Report of the Indian Hemp Drugs Commission, 1894-1895 - Volume VII
Year: 1894
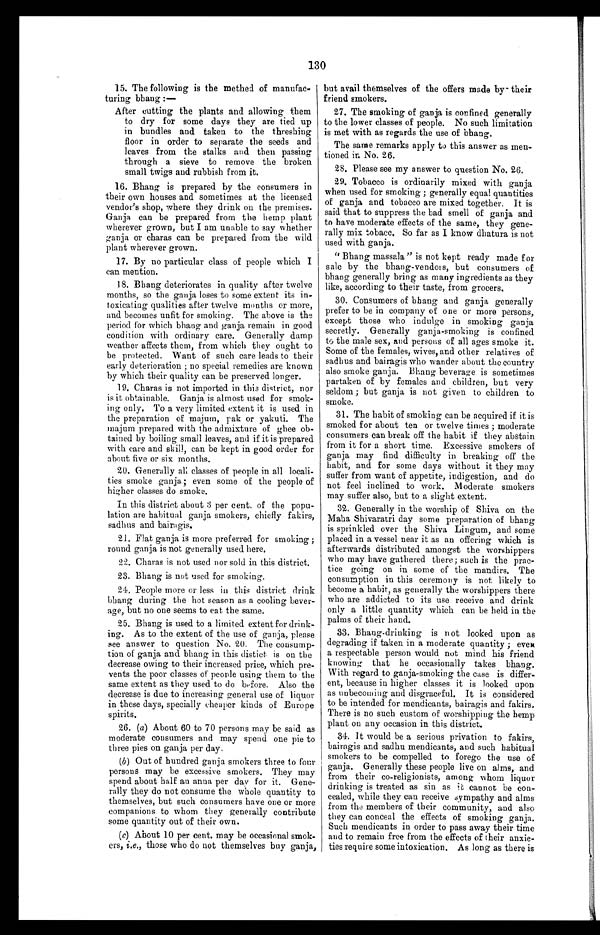
130
15. The following is the methed of manufac--
turing bhang :
—
After cutting the plants and allowing them
to dry for some days they are tied up
in bundles and taken to the threshing
floor in order to separate the seeds and
leaves from the stalks and then passing
through a sieve to remove the broken
small twigs and rubbish from it.
16. Bhang is prepared by the consumers in
their own houses and sometimes at the licensed
vendor's shop, where they drink on the premises.
Ganja can be prepared from the hemp plant
wherever grown, but I am unable to say whether
ganja or charas can be prepared from the wild
plant wherever grown.
17. By no particular class of people which I
can mention.
18. Bhang deteriorates in quality after twelve
months, so the ganja loses to some extent its in-
toxicating qualities after twelve months or more,
and becomes unfit for smoking. The above is the
period for which bhang and ganja remain in good
condition with ordinary care. Generally damp
weather affects them, from which they ought to
be protected. Want of such care leads to their
early deterioration ; no special remedies are known
by which their quality can be preserved longer.
19. Charas is not imported in this district, nor
is it obtainable. Ganja is almost used for smok-
ing only. To a very limited extent it is used in
the preparation of majum, pak or yakuti. The
majum prepared with the admixture of ghee ob--
tained by boiling small leaves, and if it is prepared
with care and skill, can be kept in good order for
about five or six months.
20. Generally all classes of people in all locali--
ties smoke ganja; even some of the people of
higher classes do smoke.
In this district about 3 per cent. of the popu--
lation are habitual ganja smokers, chiefly fakirs,
sadhus and bairagis.
21. Flat ganja is more preferred for smoking ;
round ganja is not generally used here.
22. Charas is not used nor sold in this district.
23. Bhang is not used for smoking.
24. People more or less in this district drink
bhang during the hot season as a cooling bever--
a g e , b u t n o o n e s e e m s t o e a t t h e s a m e .
25. Bhang is used to a limited extent for drink--
ing. As to the extent of the use of ganja, please
see answer to question No. 20. The consump--
tion of ganja and bhang in this distict is on the
decrease owing to their increased price, which pre--
vents the poor classes of people using them to the
same extent as they used to do before. Also the
decrease is due to increasing general use of liquor
in these days, specially cheaper kinds of Europe
spirits.
26. (a) About 60 to 70 persons may be said as
moderate consumers and may spend one pie to
three pies on ganja per day.
(b) Out of hundred ganja smokers three to four
persons may be excessive smokers. They may
spend about half an anna per day for it. Gene--
rally they do not consume the whole quantity to
themselves, but such consumers have one or more
companions to whom they generally contribute
some quantity out of their own.
(c) About 10 per cent. may be occasional smok--
ers, i.e., those who do not themselves buy ganja,
but avail themselves of the offers made by their
friend smokers.
27. The smoking of ganja is confined generally
to the lower classes of people. No such limitation
is met with as regards the use of bhang.
The same remarks apply to this answer as men-
- t i o n e d i n N o . 2 6 .
28. Please see my answer to question No. 26.
29. Tobacco is ordinarily mixed with ganja
when used for smoking ; generally equal quantities
of ganja and tobacco are mixed together. It is
said that to suppress the bad smell of ganja and
to have moderate effects of the same, they gene--
rally mix tobacc. So far as I know dhatura is not
used with ganja.
"Bhang massala" is not kept ready made for
sale by the bhang-vendors, but consumers of
bhang generally bring as many ingredients as they
like, according to their taste, from grocers.
30. Consumers of bhang and ganja generally
prefer to be in company of one or more persons,
except those who indulge in smoking ganja
secretly. Generally ganja-smoking is confined
to the male sex, and persons of all ages smoke it.
Some of the females, wives, and other relatives of
sadhus and bairagis who wander about the country
also smoke ganja. Bhang beverage is sometimes
partaken of by females and children, but very
seldom ; but ganja is not given to children to
smoke.
31. The habit of smoking can be acquired if it is
smoked for about ten or twelve times ; moderate
consumers can break off the habit if they abstain
from it for a short time. Excessive smokers of
ganja may find difficulty in breaking off the
habit, and for some days without it they may
suffer from want of appetite, indigestion, and do
not feel inclined to work. Moderate smokers
may suffer also, but to a slight extent.
32. Generally in the worship of Shiva on the
Maha Shivaratri day some preparation of bhang
is sprinkled over the Shiva Lingum, and some
placed in a vessel near it as an offering which is
afterwards distributed amongst the worshippers
who may have gathered there; such is the prac-
tice going on in some of the mandirs. The
consumption in this ceremony is not likely to
become a habit, as generally the worshippers there
who are addicted to its use receive and drink
only a little quantity which can be held in the
palms of their hand.
33. Bhang-drinking is not looked upon as
degrading if taken in a moderate quantity ; even
a respectable person would not mind his friend
knowing that he occasionally takes bhang.
With regard to ganja-smoking the case is differ-
- e n t , b e c a u s e i n h i g h e r c l a s s e s i t i s l o o k e d u p o n
as unbecoming and disgraceful. It is considered
to be intended for mendicants, bairagis and fakirs.
There is no such custom of worshipping the hemp
plant on any occasion in this district.
34. It would be a serious privation to fakirs,
bairagis and sadhu mendicants, and such habitual
smokers to be compelled to forego the use of
ganja. Generally these people live on alms, and
from their co-religionists, among whom liquor
drinking is treated as sin as it cannot be con--
cealed, while they can receive sympathy and alms
from the members of their community, and also
they can conceal the effects of smoking ganja.
Such mendicants in order to pass away their time
and to remain free from the effects of their anxie--
ties require some intoxication. As long as there is